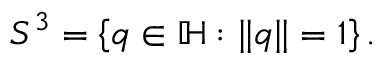
S ^ { 3 } = \left\{ q \in \mathbb { H } : \| q \| = 1 \right\} .